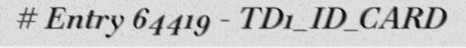
# Entry 64419 - TD1_ID_CARD